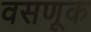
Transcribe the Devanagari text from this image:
वसणूक